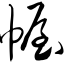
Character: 幄